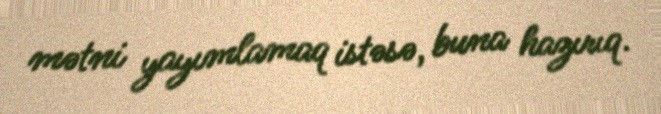
mətni yayımlamaq istəsə, buna hazırıq.